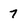
Character: 7